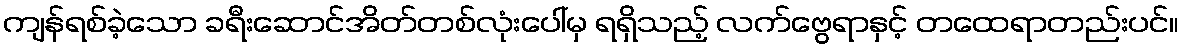
ကျန်ရစ်ခဲ့သော ခရီးဆောင်အိတ်တစ်လုံးပေါ်မှ ရရှိသည့် လက်ဗွေရာနှင့် တထေရာတည်းပင်။